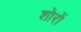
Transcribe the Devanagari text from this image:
शोरों